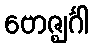
ဗောဇ္ဈင်္ဂါ